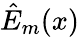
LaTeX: \hat{E}_{m}(x)